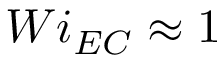
W i _ { E C } \approx 1